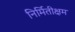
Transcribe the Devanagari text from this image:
निर्मितीक्षम